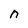
Character: n